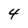
Character: 4